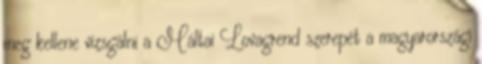
meg kel­le­ne vizsgálni a Máltai Lovagrend szerepét a magyarországi